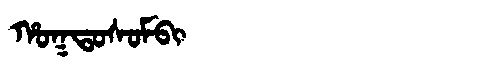
Manchu: ᡥᠣᡴᡨᠣᠰᠣᠮᠪᡳ
Romanization: HOKTOSOMBI